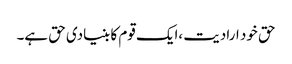
حق خود ارادیت ،ایک قوم کا بنیادی حق ہے۔